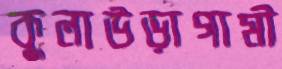
কুলাউড়াগামী